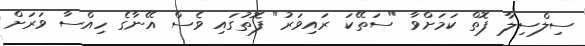
ސިލްސިލާ ފޮތް ކަމަށްވާ "ސަތޭކަ ރައިވަރު" ފޮތުގައި ވެސް އޭނާގެ ހިއްސާ ވަރަށް